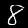
Digit: 8